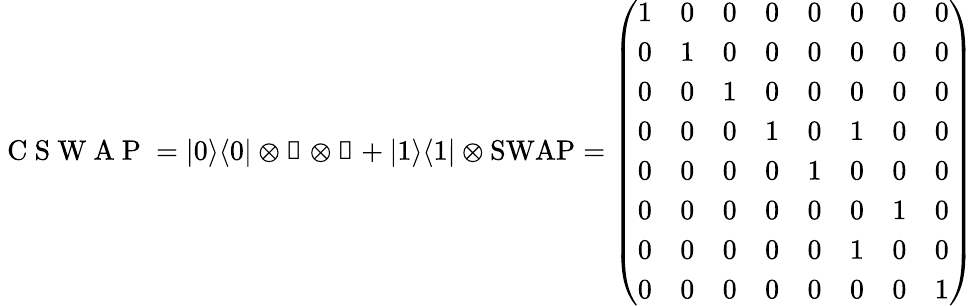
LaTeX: \mathrm{~C~S~W~A~P~}=|0\rangle\langle 0|\otimes\mathbb{1}\otimes\mathbb{1}+|1\rangle\langle 1|\otimes\mathrm{{SWAP}=\left(\begin{array}{llllllll}{1}&{0}&{0}&{0}&{0}&{0}&{0}&{0}\\ {0}&{1}&{0}&{0}&{0}&{0}&{0}&{0}\\ {0}&{0}&{1}&{0}&{0}&{0}&{0}&{0}\\ {0}&{0}&{0}&{1}&{0}&{1}&{0}&{0}\\ {0}&{0}&{0}&{0}&{1}&{0}&{0}&{0}\\ {0}&{0}&{0}&{0}&{0}&{0}&{1}&{0}\\ {0}&{0}&{0}&{0}&{0}&{1}&{0}&{0}\\ {0}&{0}&{0}&{0}&{0}&{0}&{0}&{1}\end{array}\right)}